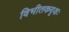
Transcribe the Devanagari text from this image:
विभीतकवृक्षः